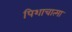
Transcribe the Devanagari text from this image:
पिशाचात्मा